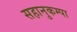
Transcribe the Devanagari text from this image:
सहानुकम्पा